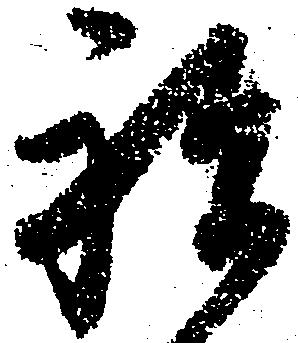
祝